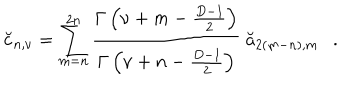
\breve { c } _ { n , \nu } = \sum _ { m = n } ^ { 2 n } { \frac { \Gamma \left( \nu + m - { \frac { D - 1 } { 2 } } \right) } { \Gamma \left( \nu + n - { \frac { D - 1 } { 2 } } \right) } } ~ \breve { a } _ { 2 ( m - n ) , m } .